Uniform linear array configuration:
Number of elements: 16
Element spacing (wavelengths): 0.75
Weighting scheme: binomial
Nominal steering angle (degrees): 15
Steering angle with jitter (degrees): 14.751
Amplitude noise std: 0.05
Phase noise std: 0.05

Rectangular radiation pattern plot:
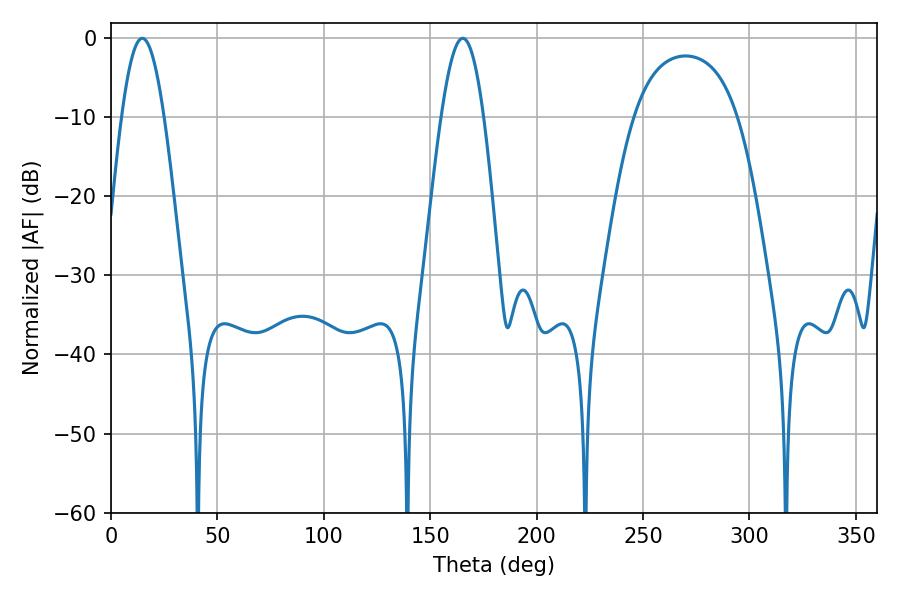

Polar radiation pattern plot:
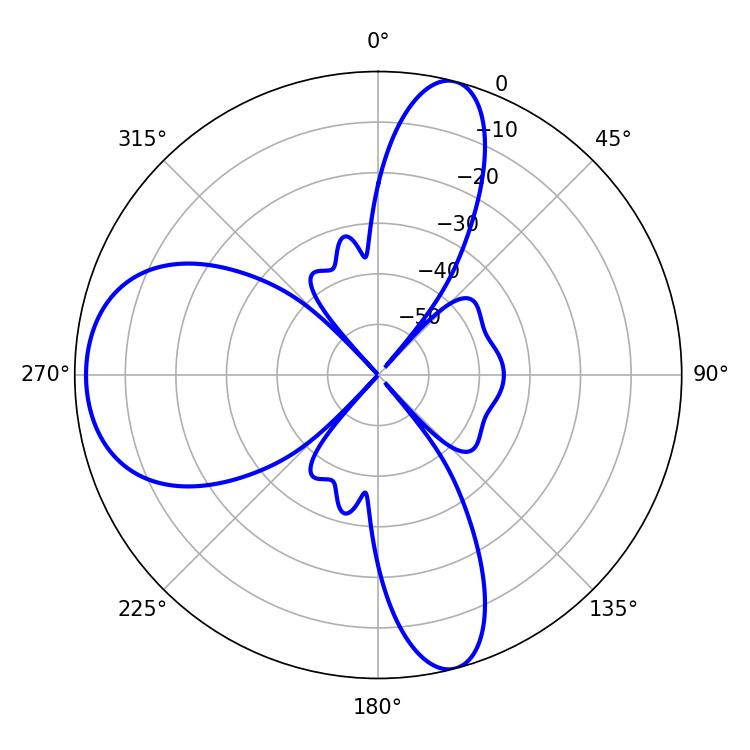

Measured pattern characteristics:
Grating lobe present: TRUE
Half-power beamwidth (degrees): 10.8
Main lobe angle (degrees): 14.76